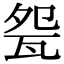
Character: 㼝